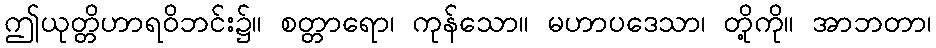
ဤယုတ္တိဟာရဝိဘင်း၌။ စတ္တာရော၊ ကုန်သော။ မဟာပဒေသာ၊ တို့ကို။ အာဘတာ၊